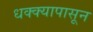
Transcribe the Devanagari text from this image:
धक्क्यापासून